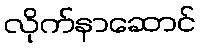
လိုက်နာဆောင်